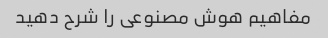
مفاهیم هوش مصنوعی را شرح دهید